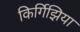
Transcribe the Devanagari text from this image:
किर्गिझिया